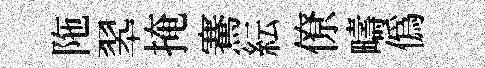
陁翆掩騫紜僚疇僞